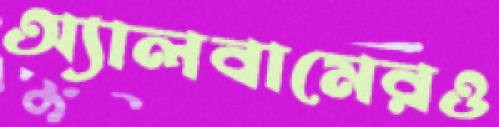
অ্যালবামেরও